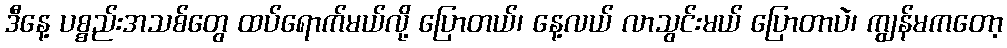
ဒီနေ့ ပစ္စည်းအသစ်တွေ ထပ်ရောက်မယ်လို့ ပြောတယ်၊ နေ့လယ် လာသွင်းမယ် ပြောတာပဲ၊ ကျွန်မကတော့